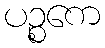
ပဉ္စကေ